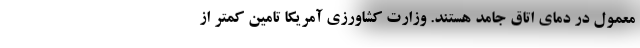
معمول در دمای اتاق جامد هستند. وزارت کشاورزی آمریکا تامین کمتر از